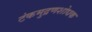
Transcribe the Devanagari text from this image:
टंकमुद्रणशोधक